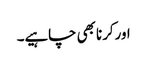
اورکرنا بھی چاہیے۔